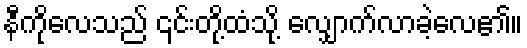
နီကိုလေသည် ၎င်းတို့ထံသို့ လျှောက်လာခဲ့လေ၏။